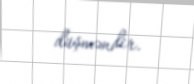
düşməndir.